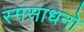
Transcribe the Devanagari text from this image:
स्मसाधनो